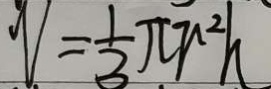
V = \frac { 1 } { 3 } \pi r ^ { 2 } h